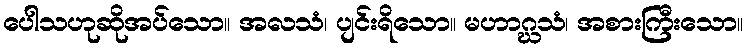
ပေါသဟုဆိုအပ်သော။ အလသံ၊ ပျင်းရိသော။ မဟာဂ္ဃသံ၊ အစားကြီးသော။